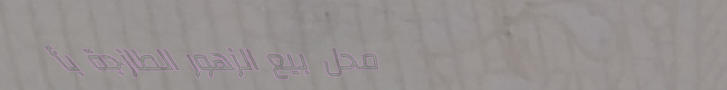
محل بيع الزهور الطازجة بأ